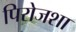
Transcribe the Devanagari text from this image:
पिरोजशा